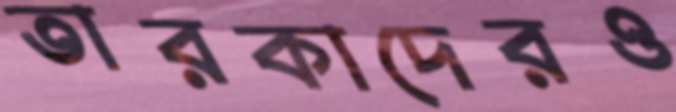
তারকাদেরও